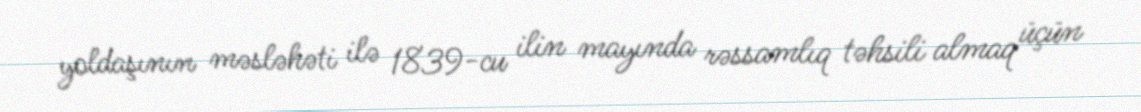
yoldaşının məsləhəti ilə 1839-cu ilin mayında rəssamlıq təhsili almaq üçün